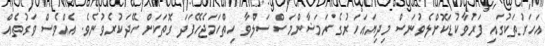
އަހަރުތަކުގައި ފަރުވާކުޑަކޮށްލެވުނަސް މިދިޔައަހަރުގެ ރަމަޟާންމަސް ސަލްވާ ހިތްހަމަޖެހޭފަދަ ގޮތަކަށް ހޭދަކުރެވުނެވެ. އެއްވެސް ވަގުތެއް